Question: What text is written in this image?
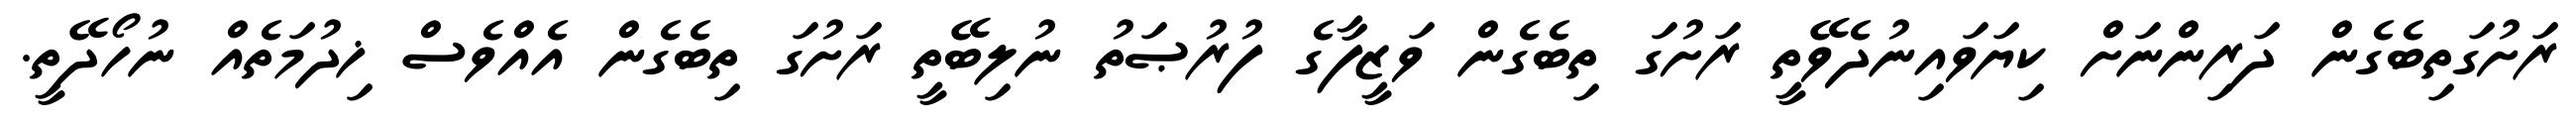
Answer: ރަށުގަތިބެގެން ދަރިންނަށް ކިޔަވައިނުދެވޭތީ ރަށުގަ ތިބެގެން ވަޒީފާގެ ފުރުޞަތު ނުލިބޭތީ ރަށުގަ ތިބެގެން އެއްވެސް ޚިދުމަތެއް ނުހޯދޭތީ.